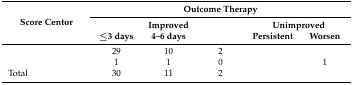
<table><thead><tr><td rowspan="3"><b>Score Centor </b></td><td colspan="5"><b>Outcome Therapy</b></td></tr><tr><td colspan="3"><b>Improved</b></td><td colspan="2"><b>Unimproved</b></td></tr><tr><td><b>≤3 days</b></td><td><b>4–6 days</b></td><td>[EMPTY_CELL]</td><td><b>Persistent</b></td><td><b>Worsen</b></td></tr></thead><tbody><tr><td>[EMPTY_CELL]</td><td>29</td><td>10</td><td>2</td><td>[EMPTY_CELL]</td><td>[EMPTY_CELL]</td></tr><tr><td>[EMPTY_CELL]</td><td>1</td><td>1</td><td>0</td><td>[EMPTY_CELL]</td><td>1</td></tr><tr><td>Total</td><td>30</td><td>11</td><td>2</td><td>[EMPTY_CELL]</td><td>[EMPTY_CELL]</td></tr></tbody></table>